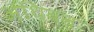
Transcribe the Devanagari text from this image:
अथिबन